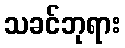
သခင်ဘုရား